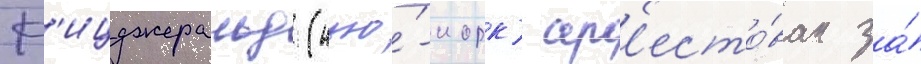
Ф'ицджеральд (нью́-иорк) ар'есто́ван за́